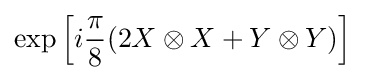
\exp \left[i{\frac {\pi }{8}}(2X\otimes X+Y\otimes Y)\right]